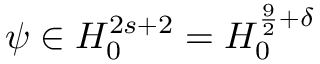
\psi \in H _ { 0 } ^ { 2 s + 2 } = H _ { 0 } ^ { \frac { 9 } { 2 } + \delta }